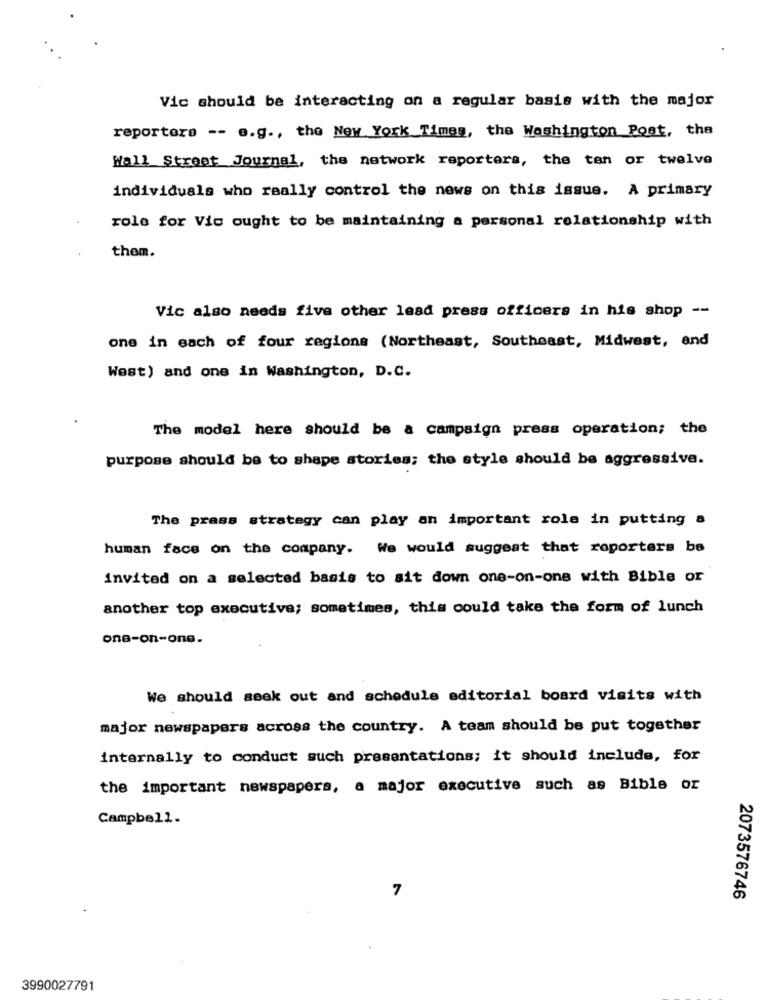
Vic should be interacting on a regular basis with the major
reporters -- e.g ., the New York Times, the Washington Post, the
Wall Street Journal, the network reporters, the tan or twelve
individuals who really control the news on this issue. A primary
role for Vic ought to be maintaining a personal relationship with
them.
Vic also needs five other lead press officers in his shop --
one in each of four regione (Northeast, Southeast, Midwest, and
West) and one in Washington, D.C.
The model here should be a campaign press operation; the
purpose should be to shape stories; the style should be aggressive.
The prass strategy can play an important role in putting a
human face on the company. We would suggest that reporters be
invited on a selected basis to sit down one-on-one with Bible or
another top executive; sometimes, this could take the form of lunch
one-on-one.
We should seek out and schedule editorial board visits with
major newspapers across the country. A team should be put together
internally to conduct such presentations; it should include, for
the important newspapers, a major executive such as Bible or
Campbell.
2073576746
3990027791